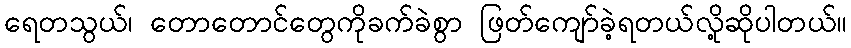
ရေတသွယ်၊ တောတောင်တွေကိုခက်ခဲစွာ ဖြတ်ကျော်ခဲ့ရတယ်လို့ဆိုပါတယ်။